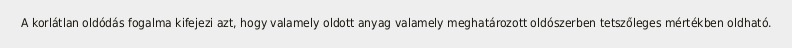
A korlátlan oldódás fogalma kifejezi azt, hogy valamely oldott anyag valamely meghatározott oldószerben tetszőleges mértékben oldható.